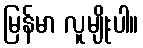
မြန်မာ လူမျိုးပါ။